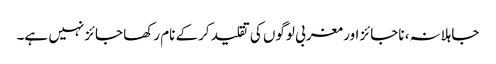
جاہلانہ، ناجائز اور مغربی لوگوں کی تقلید کرکے نام رکھا جائزنہیں ہے۔